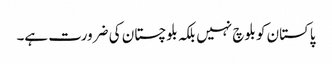
پاکستان کو بلوچ نہیں بلکہ بلوچستان کی ضرورت ہے۔